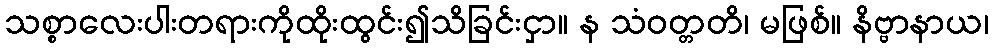
သစ္စာလေးပါးတရားကိုထိုးထွင်း၍သိခြင်းငှာ။ န သံဝတ္တတိ၊ မဖြစ်။ နိဗ္ဗာနာယ၊